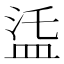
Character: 𥁩